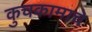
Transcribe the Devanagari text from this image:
कुचकामाचे